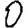
Digit: 0